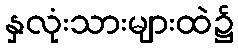
နှလုံးသားများထဲ၌